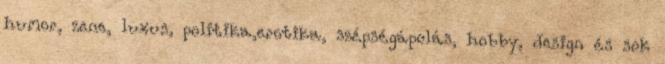
humor, zene, luxus, politika,erotika, szépségápolás, hobby, design és sok